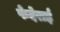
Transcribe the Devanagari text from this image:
फेदेराई